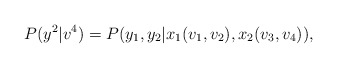
\begin{align*} P(y^2|v^4) = P(y_1,y_2|x_1(v_1,v_2),x_2(v_3,v_4)),\end{align*}